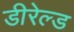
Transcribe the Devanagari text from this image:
डीरेल्ड